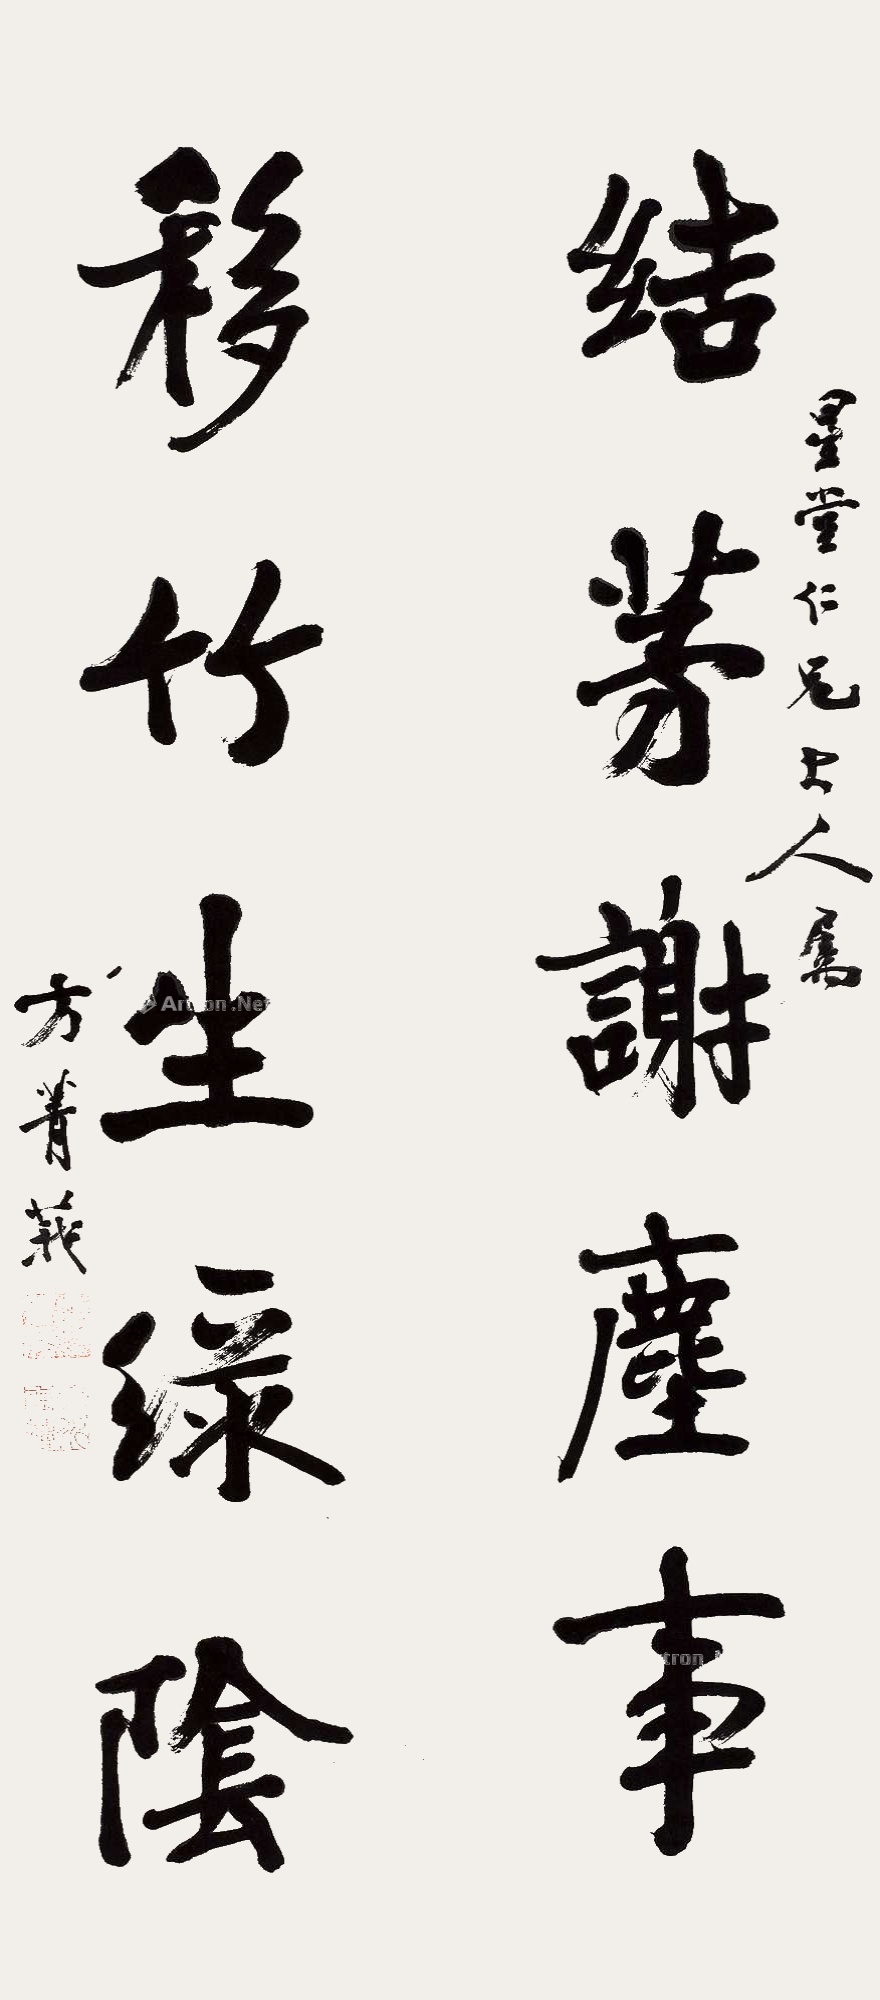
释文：结茅谢尘事，移竹生绿阴。星堂仁兄大人属，方菁莪。